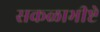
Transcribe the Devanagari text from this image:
सकळाभीष्टे